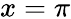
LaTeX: x=\pi